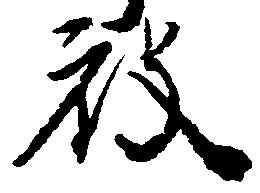
被